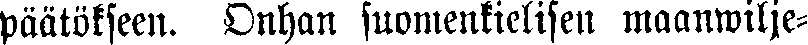
päätökseen. Onhan suomenkielisen maanwilje-